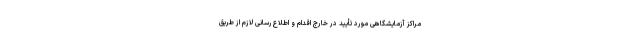
مراکز آزمایشگاهی مورد تأیید در خارج اقدام و اطلاع‌رسانی لازم از طریق